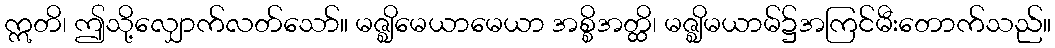
ဣတိ၊ ဤသို့လျှောက်လတ်သော်။ မဇ္ဈိမေယာမေယာ အစ္စိအတ္ထိ၊ မဇ္ဈိမယာမ်၌အကြင်မီးတောက်သည်။